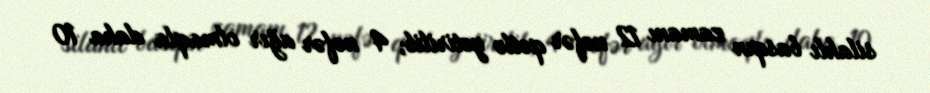
silahlı basqın zamanı 12 nəfər qətlə yetirilib, 4 nəfər ağır olmaqla daha 10